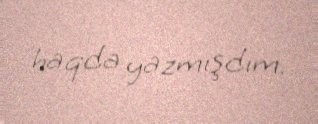
haqda yazmışdım.